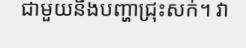
ជាមួយនឹងបញ្ហាជ្រុះសក់។ វា